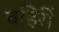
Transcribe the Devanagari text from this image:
बहिरीं